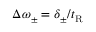
\Delta \omega _ { \pm } = \delta _ { \pm } / t _ { \mathrm { R } }